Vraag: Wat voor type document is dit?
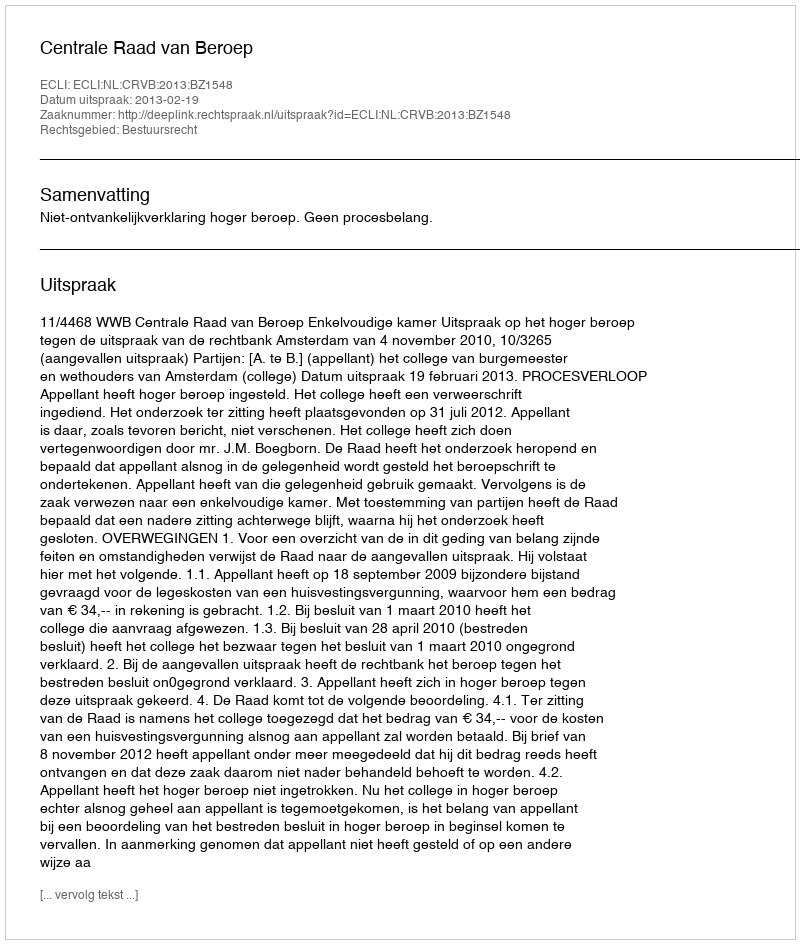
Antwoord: Uitspraak